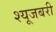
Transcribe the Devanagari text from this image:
श्यूजबरी